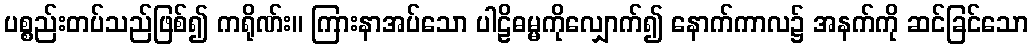
ပစ္စည်းတပ်သည်ဖြစ်၍ ကရိုဏ်း။ ကြားနာအပ်သော ပါဠိဓမ္မကိုလျှောက်၍ နောက်ကာလ၌ အနက်ကို ဆင်ခြင်သော